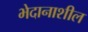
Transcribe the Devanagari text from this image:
भेदानाशील